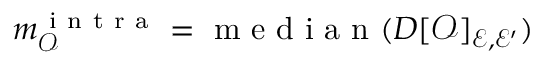
m _ { \mathcal { O } } ^ { \mathrm { ~ i ~ n ~ t ~ r ~ a ~ } } = \mathrm { ~ m ~ e ~ d ~ i ~ a ~ n ~ } ( D [ \mathcal { O } ] _ { \mathcal { E } , \mathcal { E ^ { \prime } } } )